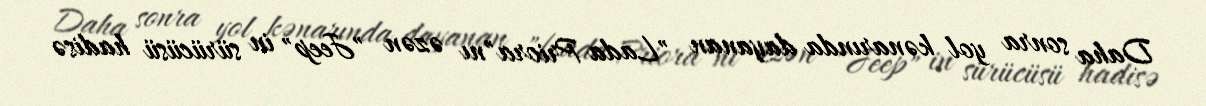
Daha sonra yol kənarında dayanan "Lada Priora"nı əzən "Jeep" in sürücüsü hadisə